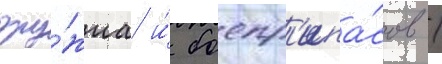
ору́жиа и́ боепр'ипа́сов /